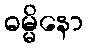
ဓမ္မိနော